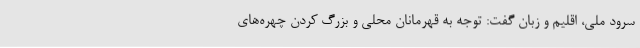
سرود ملی، اقلیم و زبان گفت: توجه به قهرمانان محلی و بزرگ کردن چهره‌های